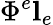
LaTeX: \Phi^{e}\mathbf{l}_{e}